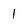
Character: 1